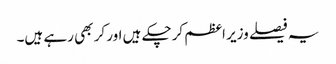
یہ فیصلے وزیر اعظم کرچکے ہیں اور کر بھی رہے ہیں۔